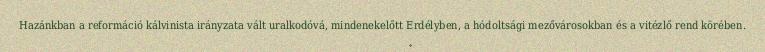
Hazánkban a reformáció kálvinista irányzata vált uralkodóvá, mindenekelőtt Erdélyben, a hódoltsági mezővárosokban és a vitézlő rend körében.